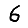
Digit: 6